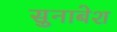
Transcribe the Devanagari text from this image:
सुनाबेश